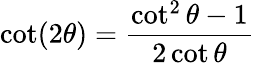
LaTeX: \cot(2\theta)={\frac{\cot^{2}\theta-1}{2\cot\theta}}